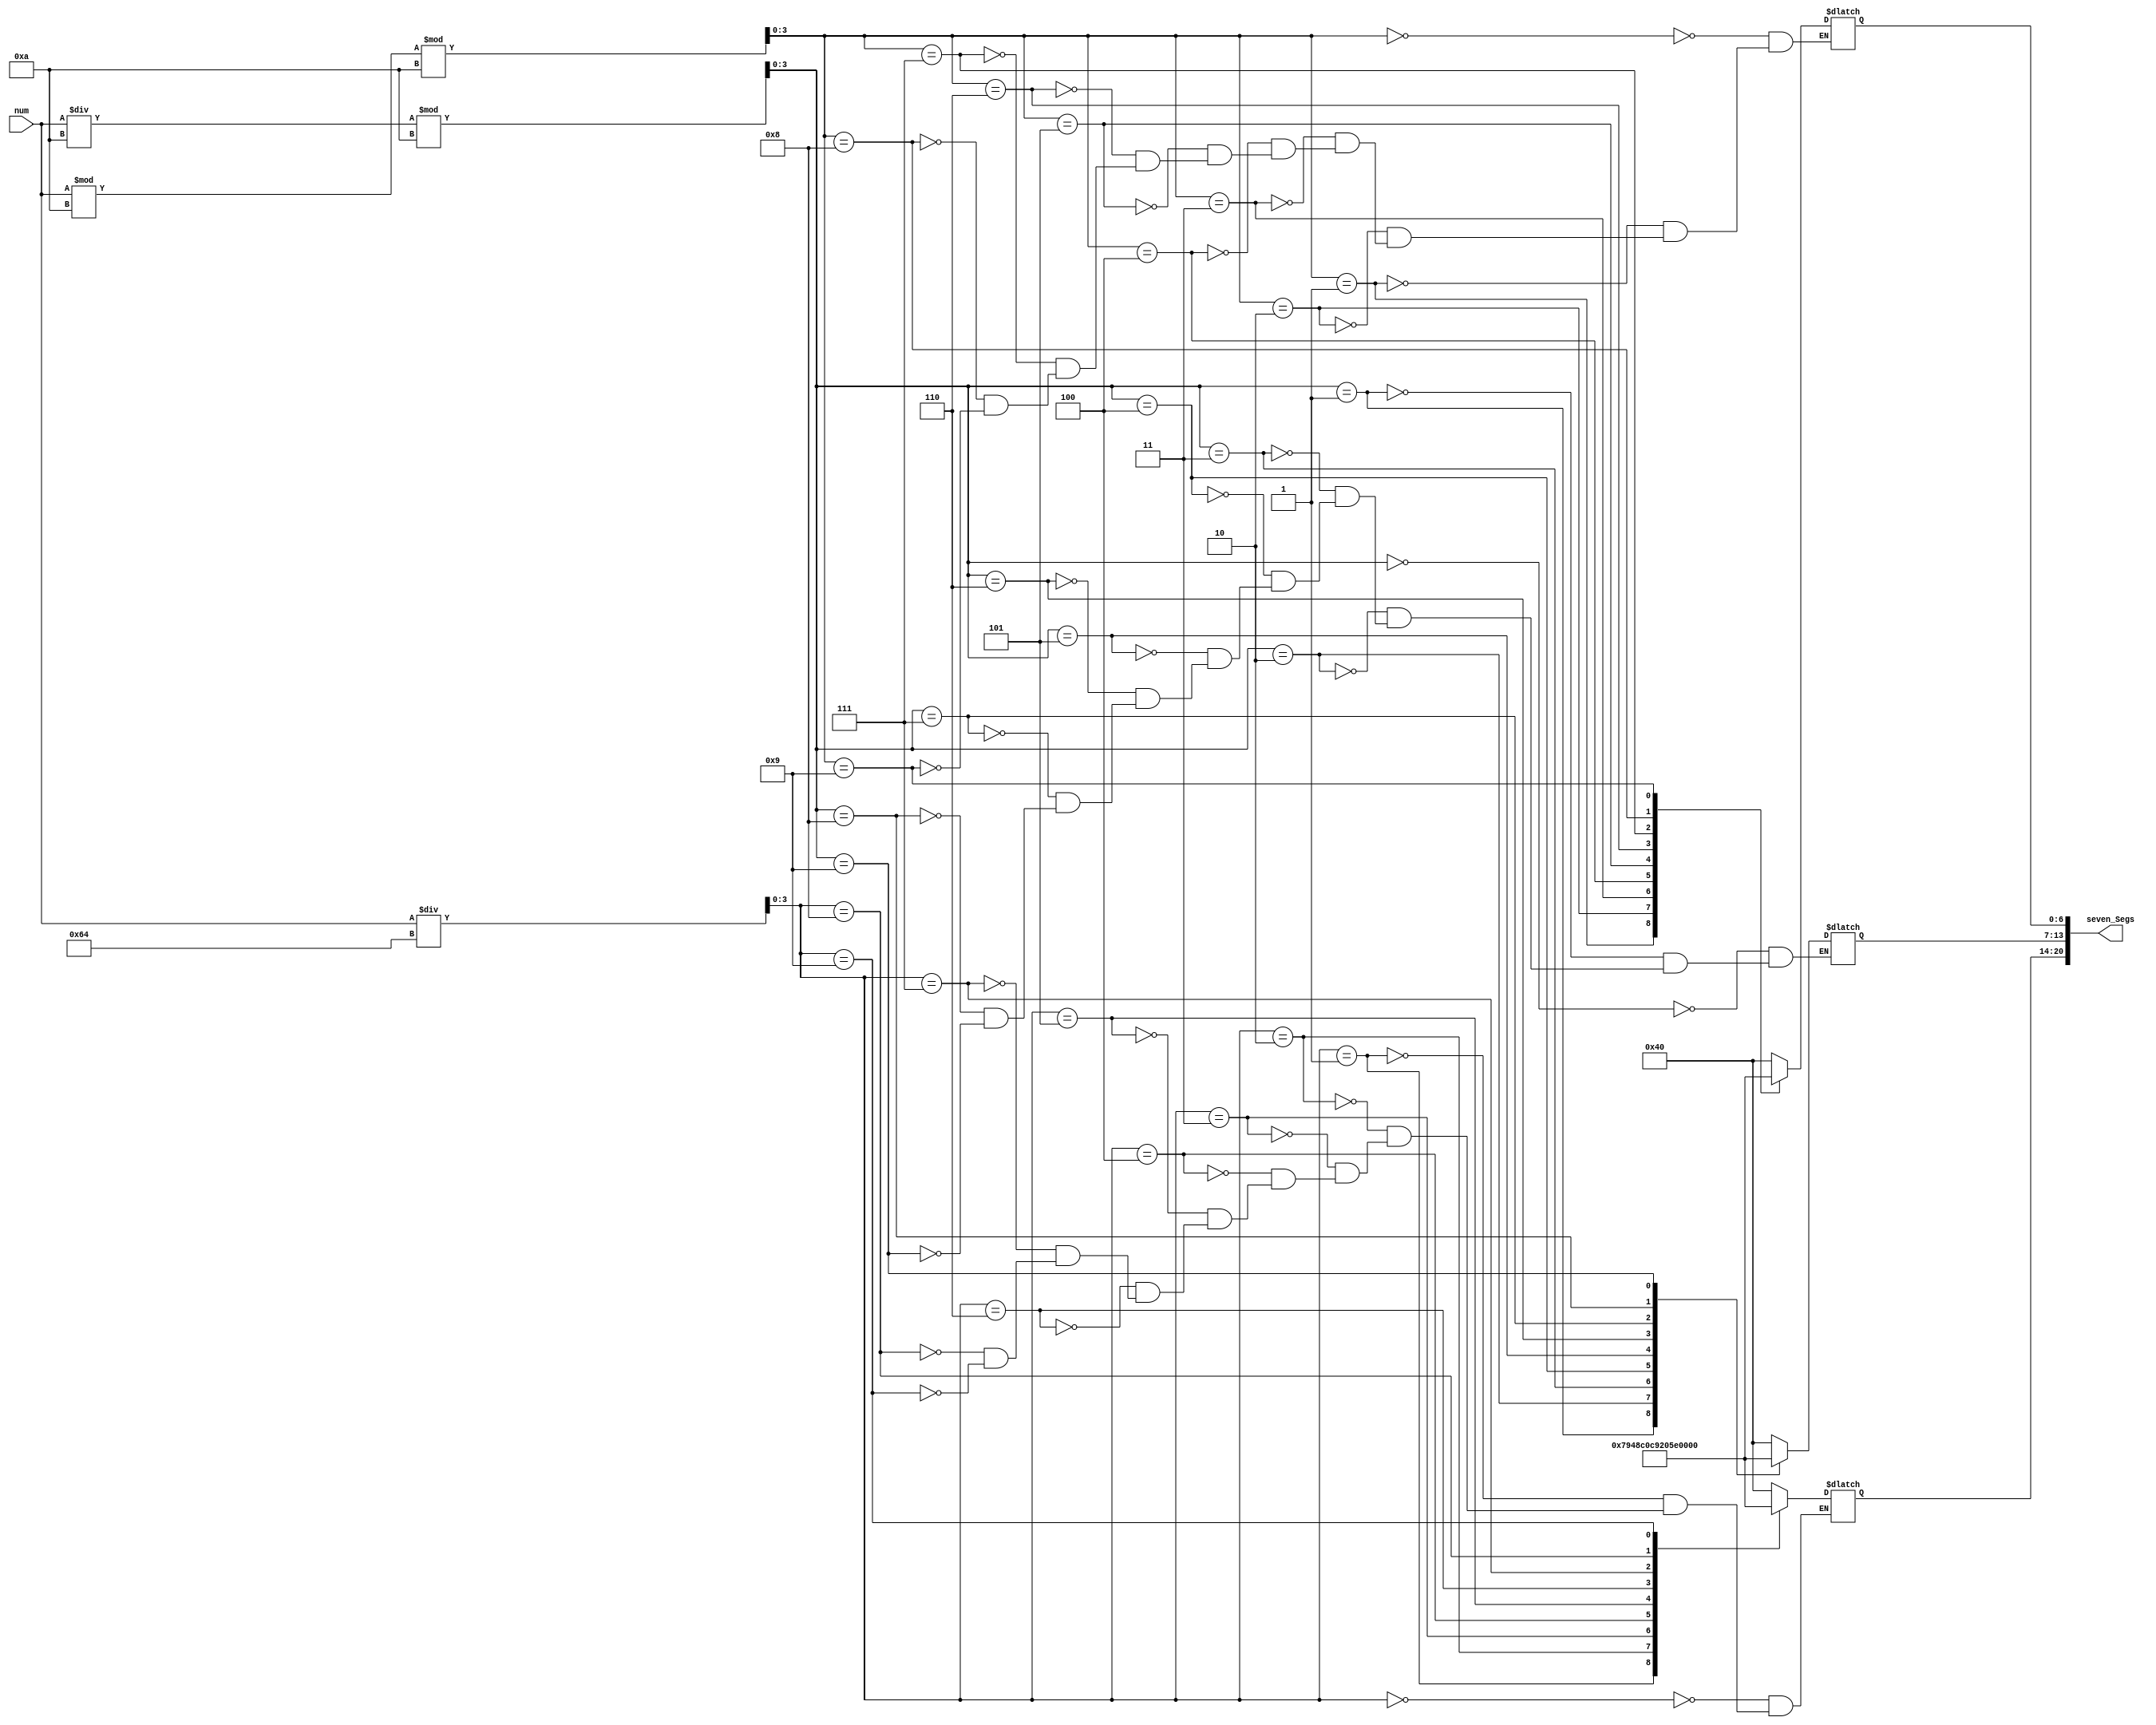
 module seven_segments (
	input wire [31:0] num,
	output reg[20:0] seven_Segs
);
	
	reg [3:0] unidad,decimal,centena;
	
	always @(num) begin
		unidad <= (num%10)%10;
		decimal <= (num/10)%10;
		centena <= num/100;
		case (unidad)
			  4'b0000 : seven_Segs[6:0] <= 7'b1000000; //put 0 on display 1
			  4'b0001 : seven_Segs[6:0] <= 7'b1111001; //put 1 on display 1
			  4'b0010 : seven_Segs[6:0] <= 7'b0100100; //put 2 on display 1			  
			  4'b0011 : seven_Segs[6:0] <= 7'b0110000; //put 3 on display 1
			  4'b0100 : seven_Segs[6:0] <= 7'b0011001; //put 4 on display 1
			  4'b0101 : seven_Segs[6:0] <= 7'b0010010; //put 5 on display 1
			  4'b0110 : seven_Segs[6:0] <= 7'b0000010; //put 6 on display 1
			  4'b0111 : seven_Segs[6:0] <= 7'b1111000; //put 7 on display 1
			  4'b1000 : seven_Segs[6:0] <= 7'b0000000; //put 8 on display 1
			  4'b1001 : seven_Segs[6:0] <= 7'b0011000; //put 9 on display 1
		endcase
		case (decimal)
			  4'b0000 : seven_Segs[13:7] <= 7'b1000000; //put 0 on display 2
			  4'b0001 : seven_Segs[13:7] <= 7'b1111001; //put 1 on display 2
			  4'b0010 : seven_Segs[13:7] <= 7'b0100100; //put 2 on display 2			  
			  4'b0011 : seven_Segs[13:7] <= 7'b0110000; //put 3 on display 2
			  4'b0100 : seven_Segs[13:7] <= 7'b0011001; //put 4 on display 2
			  4'b0101 : seven_Segs[13:7] <= 7'b0010010; //put 5 on display 2
			  4'b0110 : seven_Segs[13:7] <= 7'b0000010; //put 6 on display 2
			  4'b0111 : seven_Segs[13:7] <= 7'b1111000; //put 7 on display 2
			  4'b1000 : seven_Segs[13:7] <= 7'b0000000; //put 8 on display 2
			  4'b1001 : seven_Segs[13:7] <= 7'b0011000; //put 9 on display 2
		  endcase
		  case (centena)
			  4'b0000 : seven_Segs[20:14] <= 7'b1000000; //put 0 on display 3
			  4'b0001 : seven_Segs[20:14] <= 7'b1111001; //put 1 on display 3
			  4'b0010 : seven_Segs[20:14] <= 7'b0100100; //put 2 on display 3			  
			  4'b0011 : seven_Segs[20:14] <= 7'b0110000; //put 3 on display 3
			  4'b0100 : seven_Segs[20:14] <= 7'b0011001; //put 4 on display 3
			  4'b0101 : seven_Segs[20:14] <= 7'b0010010; //put 5 on display 3
			  4'b0110 : seven_Segs[20:14] <= 7'b0000010; //put 6 on display 3
			  4'b0111 : seven_Segs[20:14] <= 7'b1111000; //put 7 on display 3
			  4'b1000 : seven_Segs[20:14] <= 7'b0000000; //put 8 on display 3
			  4'b1001 : seven_Segs[20:14] <= 7'b0011000; //put 9 on display 3
		  endcase
	end/*
	always@(num) begin
		case(num)
			8'b01001100: seven_Segs <= 21'b100000010000001000111;
			8'b01101111: seven_Segs <= 21'b100000010000001000000;
			8'b01100101: seven_Segs <= 21'b100000010000001000110;
		endcase
	
	end*/
	
endmodule